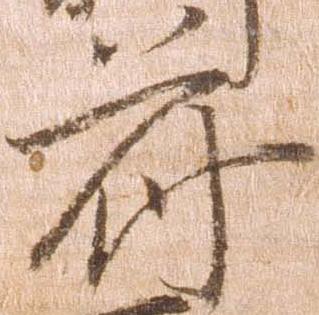
府